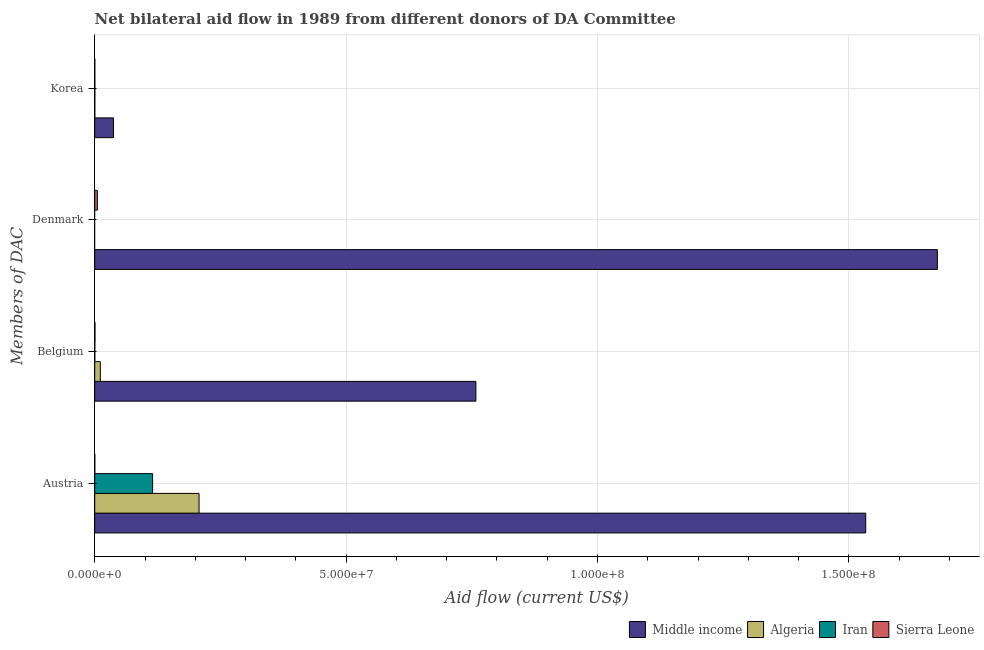
| Members of DAC | Middle income | Algeria | Iran | Sierra Leone |
 | --- | --- | --- | --- | --- |
 | Austria | 1.53e+08 | 2.08e+07 | 1.15e+07 | 1e+04 |
 | Belgium | 7.58e+07 | 1.11e+06 | 1e+04 | 4e+04 |
 | Denmark | 1.68e+08 | -8e+04 | -1.6e+05 | 5.2e+05 |
 | Korea | 3.73e+06 | 1e+04 | 2e+04 | 1e+04 |